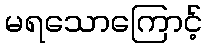
မရသောကြောင့်